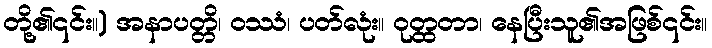
တို့၏၎င်း။) အနာပတ္တိ၊ ဝဿံ၊ ပတ်လုံး။ ဝုတ္ထတာ၊ နေပြီးသူ၏အဖြစ်၎င်း။